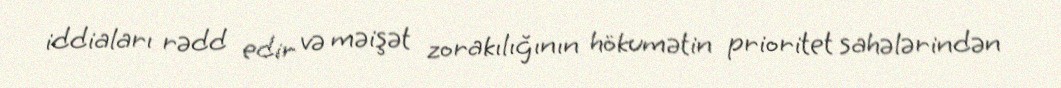
iddiaları rədd edir və məişət zorakılığının hökumətin prioritet sahələrindən